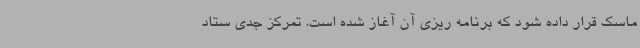
ماسک قرار داده شود که برنامه ریزی آن آغاز شده است. تمرکز جدی ستاد